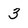
Character: 3